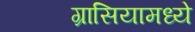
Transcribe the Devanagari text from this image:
ग्रासियामध्ये